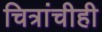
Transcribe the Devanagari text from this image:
चित्रांचीही